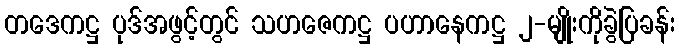
တဒေကဋ္ဌ ပုဒ်အဖွင့်တွင် သဟဇေကဋ္ဌ ပဟာနေကဋ္ဌ ၂-မျိုးကိုခွဲပြခန်း